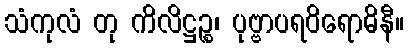
သံကုလံ တု ကိလိဋ္ဌဉ္စ၊ ပုဗ္ဗာပရဝိရောဓိနီ။